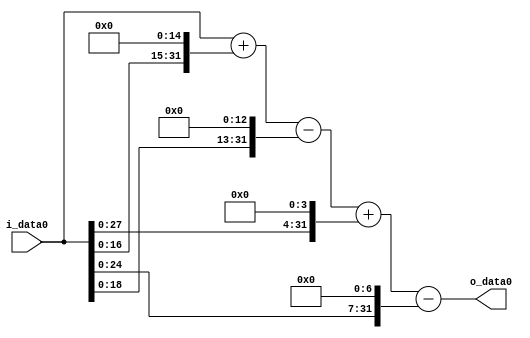
module multiplier_block (
    i_data0,
    o_data0
);

  // Port mode declarations:
  input   [31:0] i_data0;
  output  [31:0]
    o_data0;

  //Multipliers:

  wire [31:0]
    w1,
    w32768,
    w32769,
    w8192,
    w24577,
    w16,
    w24593,
    w128,
    w24465;

  assign w1 = i_data0;
  assign w128 = w1 << 7;
  assign w16 = w1 << 4;
  assign w24465 = w24593 - w128;
  assign w24577 = w32769 - w8192;
  assign w24593 = w24577 + w16;
  assign w32768 = w1 << 15;
  assign w32769 = w1 + w32768;
  assign w8192 = w1 << 13;

  assign o_data0 = w24465;

  //multiplier_block area estimate = 6350.09758873383;
endmodule